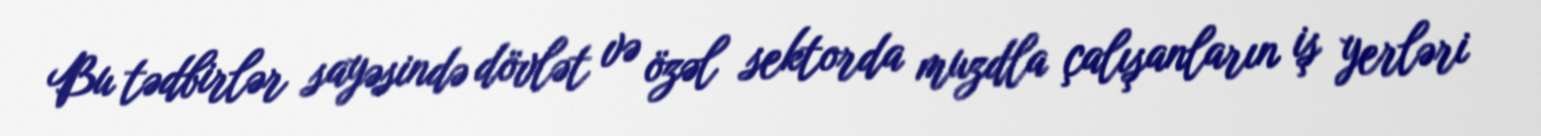
Bu tədbirlər sayəsində dövlət və özəl sektorda muzdla çalışanların iş yerləri